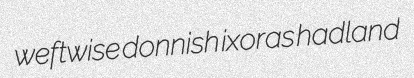
weftwise donnish ixoras hadland